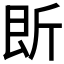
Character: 𱡪